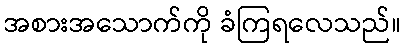
အစားအသောက်ကို ခံကြရလေသည်။